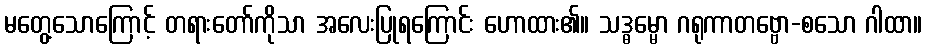
မတွေ့သောကြောင့် တရားတော်ကိုသာ အလေးပြုရကြောင်း ဟောထား၏။ သဒ္ဓမ္မော ဂရုကာတဗ္ဗော-စသော ဂါထာ။